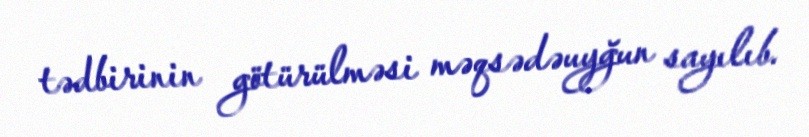
tədbirinin götürülməsi məqsədəuyğun sayılıb.